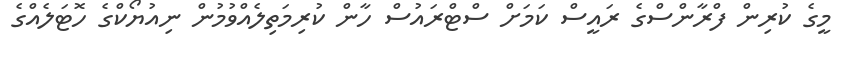
މީގެ ކުރިން ފްރާންސްގެ ރައީސް ކަމަށް ސްޓްރައުސް ހާން ކުރިމަތިލެއްވުމުން ނިއުޔޯކްގެ ހޮޓަލެއްގެ